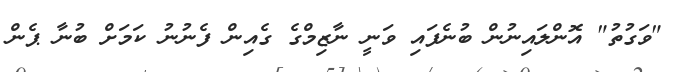
"ވަގުތު" އޮންލައިނުން ބުނެފައި ވަނީ ނާޒިމްގެ ގެއިން ފެނުނު ކަމަށް ބުނާ ޕެން